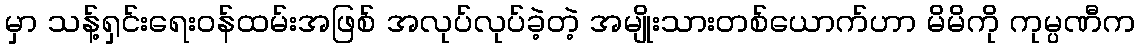
မှာ သန့်ရှင်းရေးဝန်ထမ်းအဖြစ် အလုပ်လုပ်ခဲ့တဲ့ အမျိုးသားတစ်ယောက်ဟာ မိမိကို ကုမ္ပဏီက